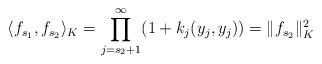
LaTeX: \begin{align*}\langle f_{s_1},f_{s_2}\rangle_{K}=\prod_{j=s_2+1}^\infty(1+k_j(y_j,y_j))=\|f_{s_2}\|_{K}^2\end{align*}